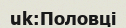
uk:Половці